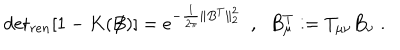
LaTeX: \mathrm { d e t } _ { r e n } [ 1 - K ( \not { \! \! B } ) ] = e ^ { - \frac { 1 } { 2 \pi } \| B ^ { T } \| _ { 2 } ^ { 2 } } \; \; , \; \; B _ { \mu } ^ { T } : = T _ { \mu \nu } B _ { \nu } \; .